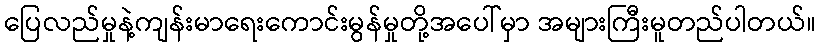
ပြေလည်မှုနဲ့ကျန်းမာရေးကောင်းမွန်မှုတို့အပေါ်မှာ အများကြီးမူတည်ပါတယ်။